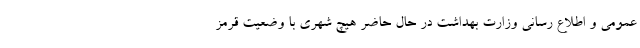
عمومی و اطلاع رسانی وزارت بهداشت در حال حاضر هیچ شهری با وضعیت قرمز